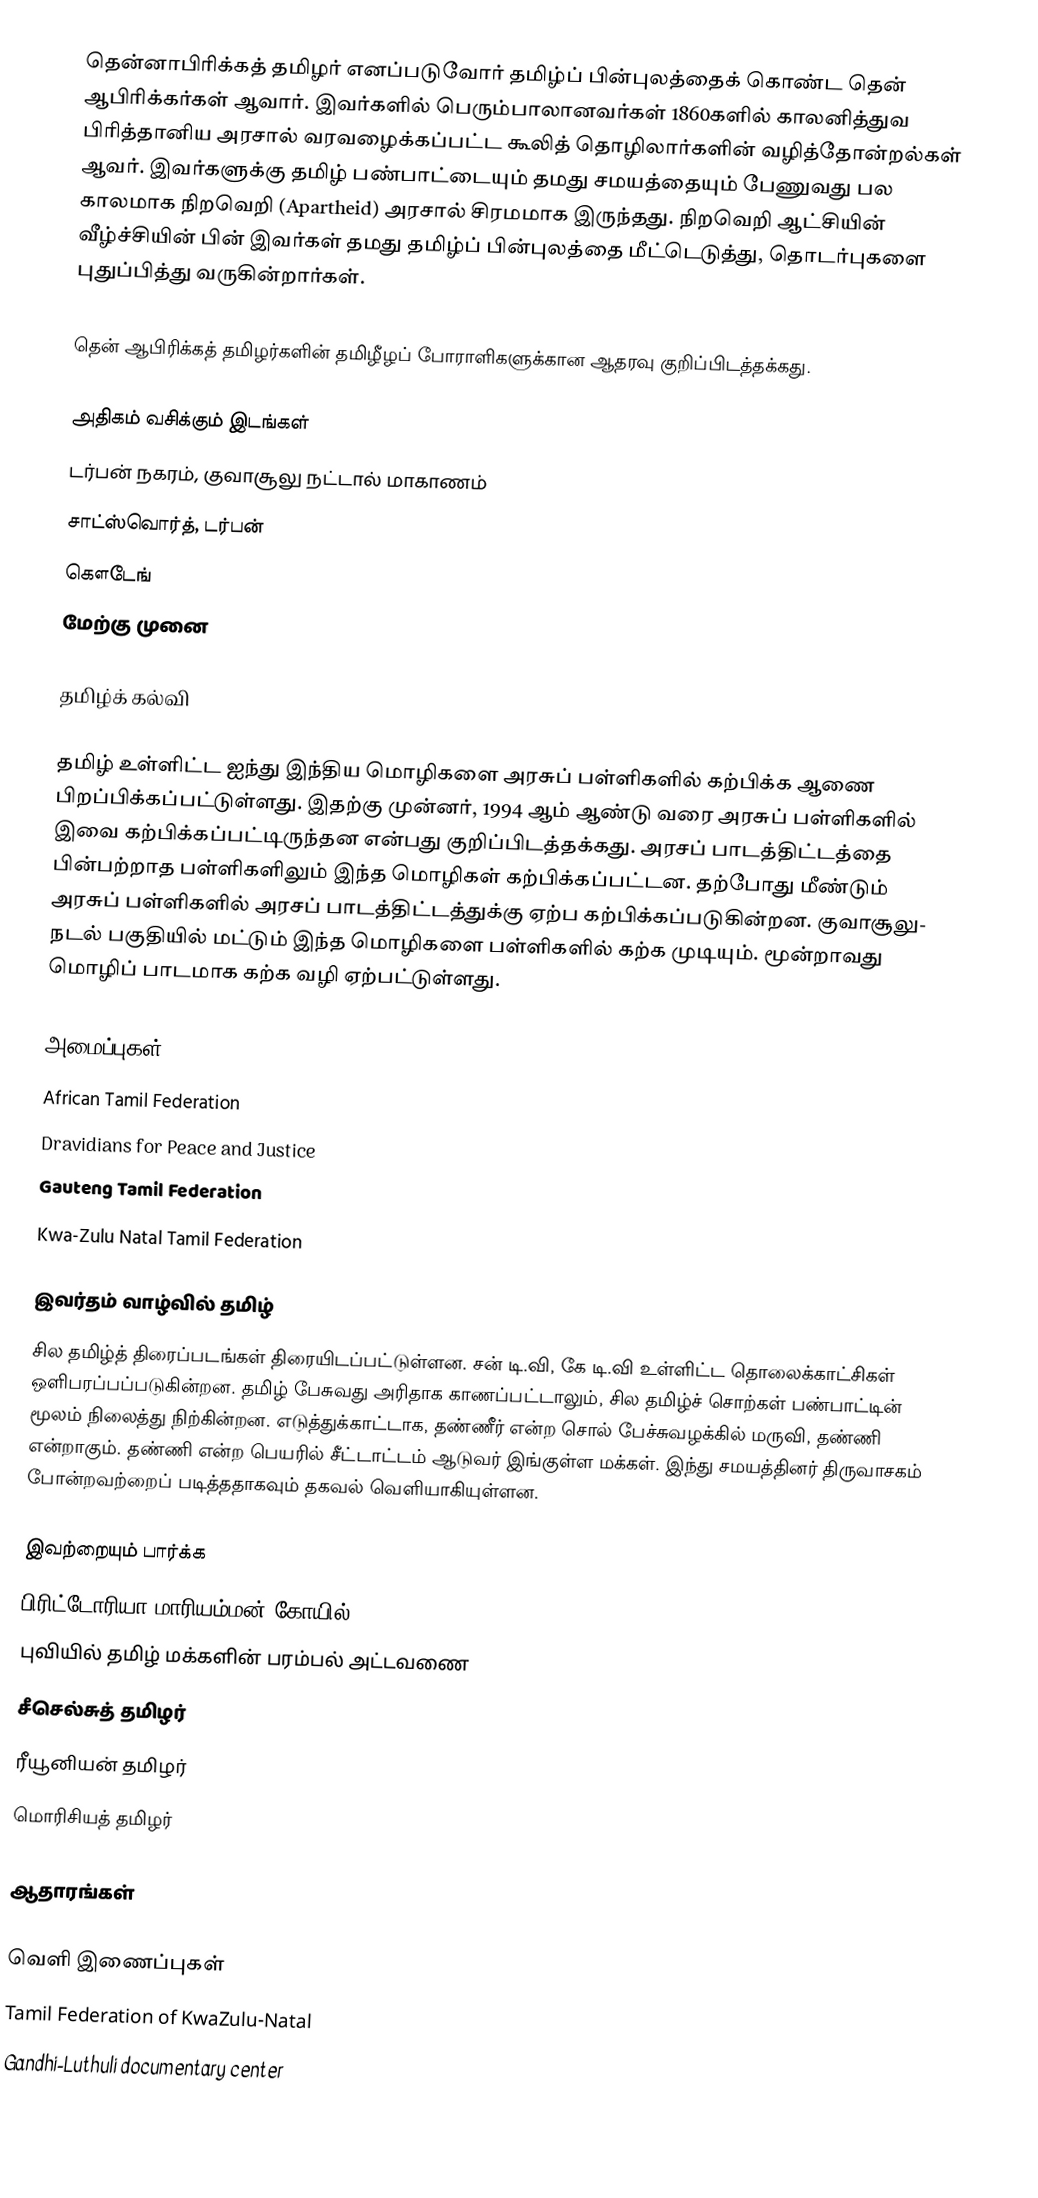
தென்னாபிரிக்கத் தமிழர் எனப்படுவோர் தமிழ்ப் பின்புலத்தைக் கொண்ட தென் ஆபிரிக்கர்கள் ஆவார்.  இவர்களில் பெரும்பாலானவர்கள் 1860களில் காலனித்துவ பிரித்தானிய அரசால் வரவழைக்கப்பட்ட கூலித் தொழிலார்களின் வழித்தோன்றல்கள் ஆவர். இவர்களுக்கு தமிழ் பண்பாட்டையும் தமது சமயத்தையும் பேணுவது பல காலமாக நிறவெறி (Apartheid) அரசால் சிரமமாக இருந்தது.  நிறவெறி ஆட்சியின் வீழ்ச்சியின் பின் இவர்கள் தமது தமிழ்ப் பின்புலத்தை மீட்டெடுத்து, தொடர்புகளை புதுப்பித்து வருகின்றார்கள்.

தென் ஆபிரிக்கத் தமிழர்களின் தமிழீழப் போராளிகளுக்கான ஆதரவு குறிப்பிடத்தக்கது.

அதிகம் வசிக்கும் இடங்கள்
 டர்பன் நகரம், குவாசூலு நட்டால் மாகாணம்
 சாட்ஸ்வொர்த், டர்பன்
 கௌடேங்
 மேற்கு முனை

தமிழ்க் கல்வி

தமிழ் உள்ளிட்ட ஐந்து இந்திய மொழிகளை அரசுப் பள்ளிகளில் கற்பிக்க ஆணை பிறப்பிக்கப்பட்டுள்ளது. இதற்கு முன்னர், 1994 ஆம் ஆண்டு வரை அரசுப் பள்ளிகளில் இவை கற்பிக்கப்பட்டிருந்தன என்பது குறிப்பிடத்தக்கது. அரசப் பாடத்திட்டத்தை பின்பற்றாத பள்ளிகளிலும் இந்த மொழிகள் கற்பிக்கப்பட்டன. தற்போது மீண்டும் அரசுப் பள்ளிகளில் அரசப் பாடத்திட்டத்துக்கு ஏற்ப கற்பிக்கப்படுகின்றன. குவாசூலு- நடல் பகுதியில் மட்டும் இந்த மொழிகளை பள்ளிகளில் கற்க முடியும். மூன்றாவது மொழிப் பாடமாக கற்க வழி ஏற்பட்டுள்ளது.

அமைப்புகள்
 African Tamil Federation
 Dravidians for Peace and Justice
 Gauteng Tamil Federation
 Kwa-Zulu Natal Tamil Federation

இவர்தம் வாழ்வில் தமிழ்
சில தமிழ்த் திரைப்படங்கள் திரையிடப்பட்டுள்ளன. சன் டி.வி, கே டி.வி உள்ளிட்ட தொலைக்காட்சிகள் ஒளிபரப்பப்படுகின்றன. தமிழ் பேசுவது அரிதாக காணப்பட்டாலும், சில தமிழ்ச் சொற்கள் பண்பாட்டின் மூலம் நிலைத்து நிற்கின்றன. எடுத்துக்காட்டாக, தண்ணீர் என்ற சொல் பேச்சுவழக்கில் மருவி, தண்ணி என்றாகும். தண்ணி என்ற பெயரில் சீட்டாட்டம் ஆடுவர் இங்குள்ள மக்கள். இந்து சமயத்தினர் திருவாசகம் போன்றவற்றைப் படித்ததாகவும் தகவல் வெளியாகியுள்ளன.

இவற்றையும் பார்க்க
 பிரிட்டோரியா மாரியம்மன் கோயில்
 புவியில் தமிழ் மக்களின் பரம்பல் அட்டவணை
 சீசெல்சுத் தமிழர்
 ரீயூனியன் தமிழர்
 மொரிசியத் தமிழர்

ஆதாரங்கள்

வெளி இணைப்புகள்
 Tamil Federation of KwaZulu-Natal
Gandhi-Luthuli documentary center
 The Diminished Use of Tamil in South Africa -